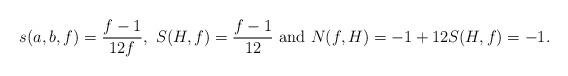
LaTeX: \begin{align*}s(a,b,f)=\frac{f-1}{12f},\ S(H,f)=\frac{f-1}{12}\hbox{ and }N(f,H) =-1+12S(H,f)=-1.\end{align*}